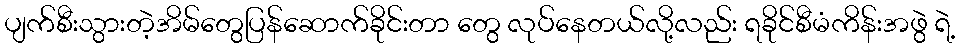
ပျက်စီးသွားတဲ့အိမ်တွေပြန်ဆောက်ခိုင်းတာ တွေ လုပ်နေတယ်လို့လည်း ရခိုင်စီမံကိန်းအဖွဲ ရဲ့